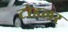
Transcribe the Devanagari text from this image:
टोडलर